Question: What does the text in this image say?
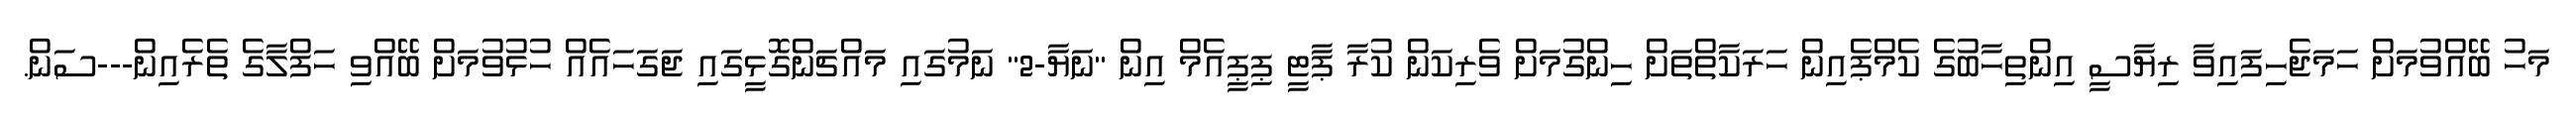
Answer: މަހު ބޭއްވުމަށް ހަމަޖެހިފައިވާ ރިޔާސީ އިންތިހާބުގެ ކެމްޕެއިން ހަރަކާތްތަށް ހިންގުމަށް ވެރިކަން ކުރާ ޕާޓީ ޕިޕީއެމް އިން "ނަޔާ-2" ނަމުގައި މައްޗަންގޮޅީގައި ޖަގަހައެއް ހުޅުވުމަށް ބޭއްވި ހަފްލާގެ ތެރެއިން---ސަން.